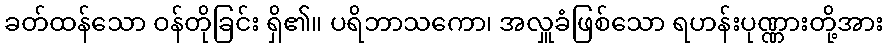
ခတ်ထန်သော ဝန်တိုခြင်း ရှိ၏။ ပရိဘာသကော၊ အလှူခံဖြစ်သော ရဟန်းပုဏ္ဏားတို့အား